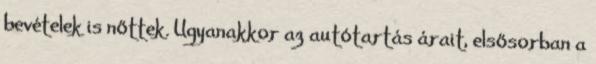
bevételek is nőttek. Ugyanakkor az autótartás árait, elsősorban a